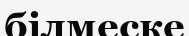
білмеске